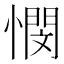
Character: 憫